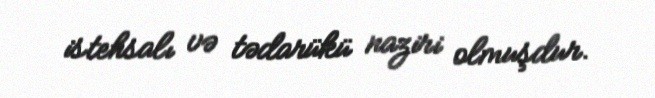
istehsalı və tədarükü naziri olmuşdur.